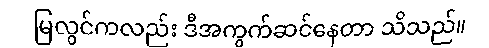
မြလွင်ကလည်း ဒီအကွက်ဆင်နေတာ သိသည်။